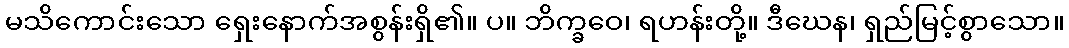
မသိကောင်းသော ရှေးနောက်အစွန်းရှိ၏။ ပ။ ဘိက္ခဝေ၊ ရဟန်းတို့။ ဒီဃေန၊ ရှည်မြင့်စွာသော။